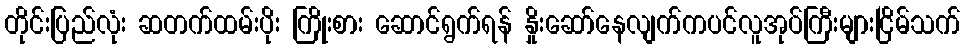
တိုင်းပြည်လုံး ဆတက်ထမ်းပိုး ကြိုးစား ဆောင်ရွက်ရန် နှိုးဆော်နေလျက်ကပင်လူအုပ်ကြီးများငြိမ်သက်